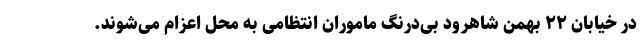
در خیابان ۲۲ بهمن شاهرود بی‌درنگ ماموران انتظامی به محل اعزام می‌شوند.